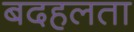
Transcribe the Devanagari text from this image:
बदहलता